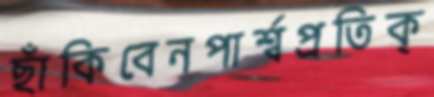
ছাঁকিবেনপার্শ্বপ্রতিক্